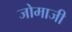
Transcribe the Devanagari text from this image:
जोमाजी